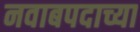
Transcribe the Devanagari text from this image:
नवाबपदाच्या